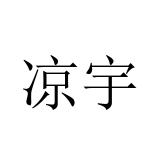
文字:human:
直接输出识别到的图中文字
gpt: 凉宇